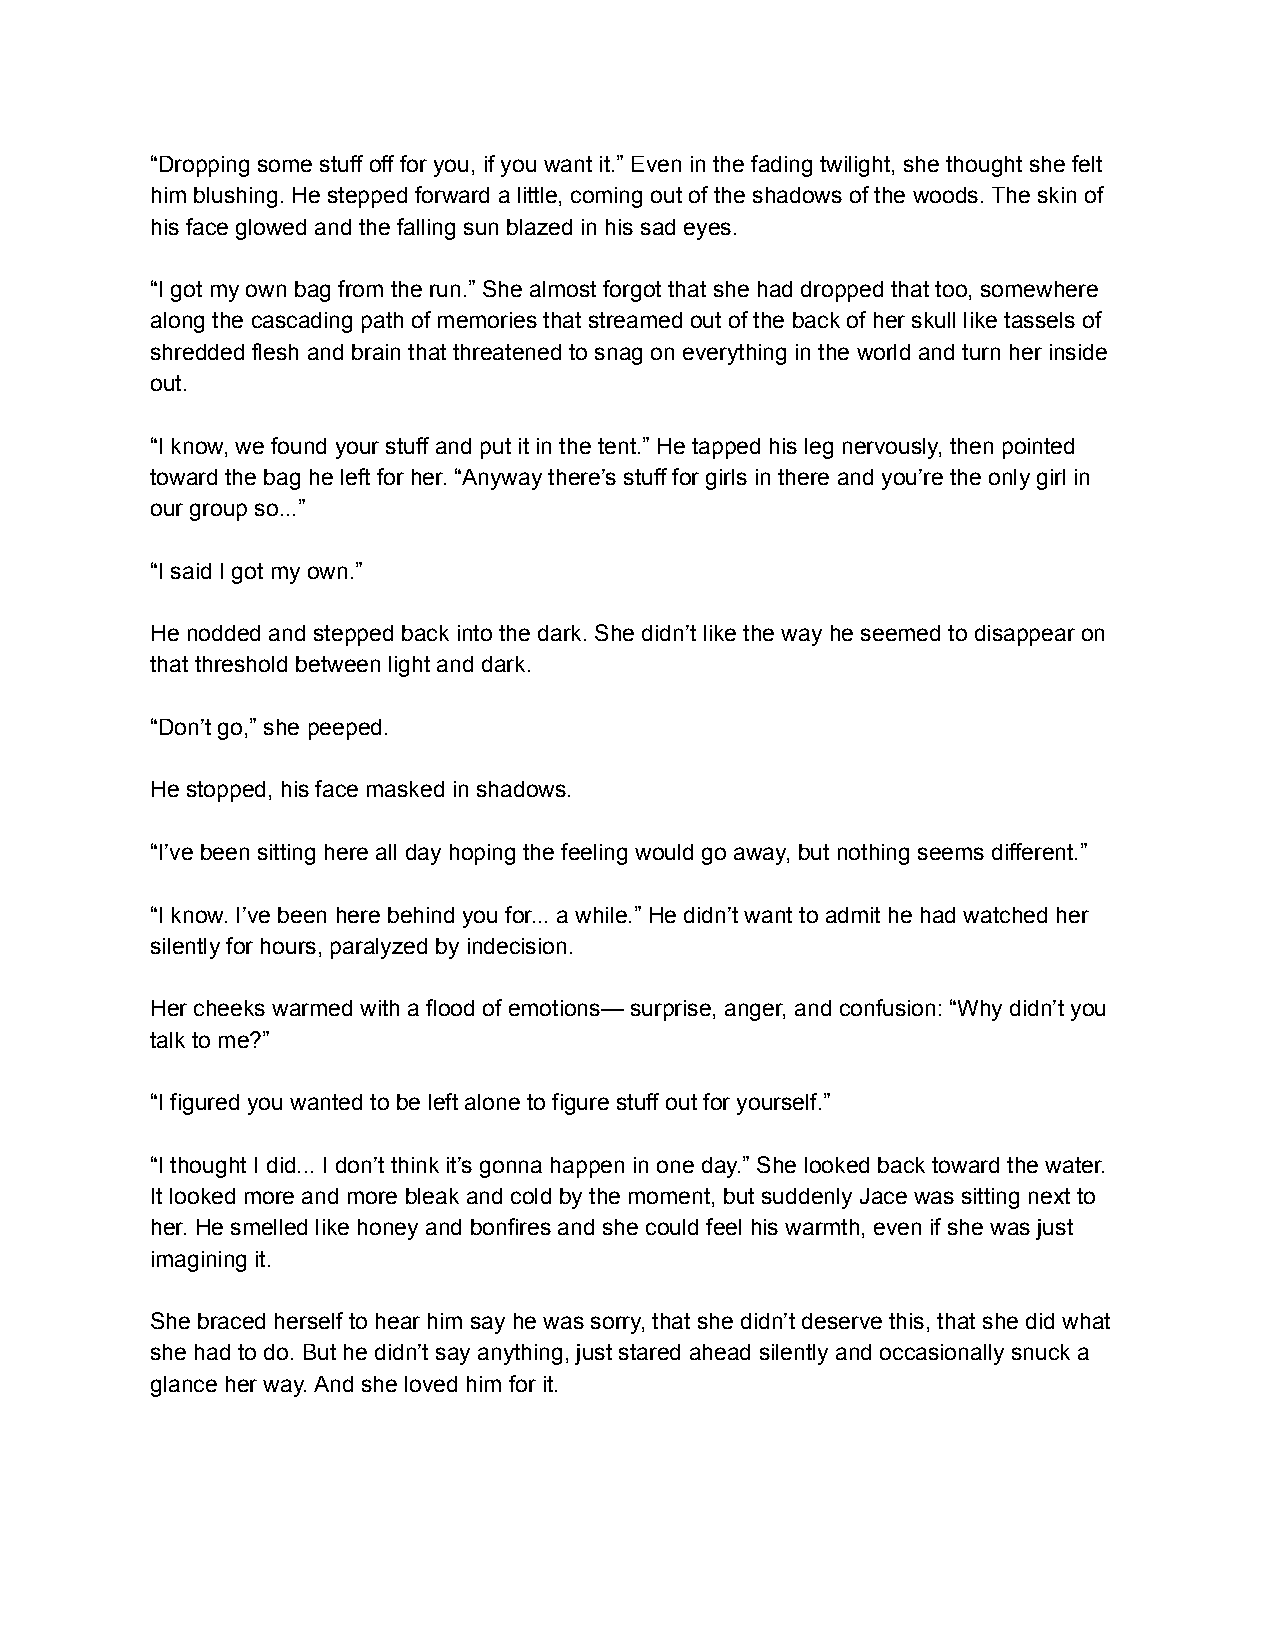
“Dropping some stuff off for you, if you want it.” Even in the fading twilight, she thought she felt
 him blushing. He stepped forward a little, coming out of the shadows of the woods. The skin of
 his face glowed and the falling sun blazed in his sad eyes.
 “I got my own bag from the run.” She almost forgot that she had dropped that too, somewhere
 along the cascading path of memories that streamed out of the back of her skull like tassels of
 shredded flesh and brain that threatened to snag on everything in the world and turn her inside
 out.
 “I know, we found your stuff and put it in the tent.” He tapped his leg nervously, then pointed
 toward the bag he left for her. “Anyway there’s stuff for girls in there and you’re the only girl in
 our group so...”
 “I said I got my own.”
 He nodded and stepped back into the dark. She didn’t like the way he seemed to disappear on
 that threshold between light and dark.
 “Don’t go,” she peeped.
 He stopped, his face masked in shadows.
 “I’ve been sitting here all day hoping the feeling would go away, but nothing seems different.”
 “I know. I’ve been here behind you for... a while.” He didn’t want to admit he had watched her
 silently for hours, paralyzed by indecision.
 Her cheeks warmed with a flood of emotions— surprise, anger, and confusion: “Why didn’t you
 talk to me?”
 “I figured you wanted to be left alone to figure stuff out for yourself.”
 “I thought I did... I don’t think it’s gonna happen in one day.” She looked back toward the water.
 It looked more and more bleak and cold by the moment, but suddenly Jace was sitting next to
 her. He smelled like honey and bonfires and she could feel his warmth, even if she was just
 imagining it.
 She braced herself to hear him say he was sorry, that she didn’t deserve this, that she did what
 she had to do. But he didn’t say anything, just stared ahead silently and occasionally snuck a
 glance her way. And she loved him for it.